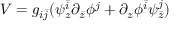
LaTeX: V = g _ { i \bar { j } } ( \psi _ { z } ^ { \bar { i } } \partial _ { \bar { z } } \phi ^ { j } + \partial _ { z } \phi ^ { \bar { i } } \psi _ { \bar { z } } ^ { j } )